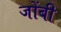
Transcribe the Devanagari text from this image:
जोंबी